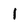
Character: l